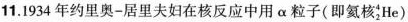
11.1934年约里奥-居里夫妇在核反应中用\alpha粒子(即氦核_{2}^{4}He)